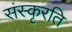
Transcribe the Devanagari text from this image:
संस्कृरति